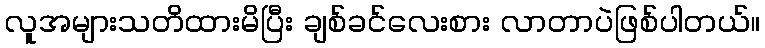
လူအများသတိထားမိပြီး ချစ်ခင်လေးစား လာတာပဲဖြစ်ပါတယ်။